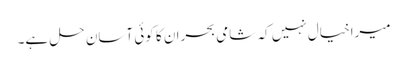
میراخیال نہیں کہ شامی بحران کا کوئی آسان حل ہے۔